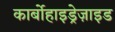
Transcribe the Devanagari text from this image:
कार्बोहाइड्रेज़ाइड